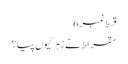
قسط نمبر 6
سقراط نے زہر کیوں پیا؟